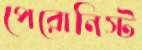
পেরোনিস্ট